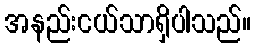
အနည်းငယ်သာရှိပါသည်။